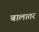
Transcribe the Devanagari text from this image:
बालातर